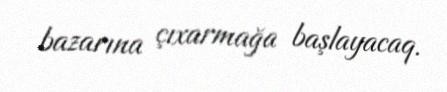
bazarına çıxarmağa başlayacaq.